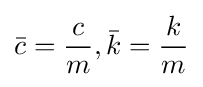
{\bar {c}}={\frac {c}{m}},{\bar {k}}={\frac {k}{m}}